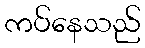
ကပ်နေသည်